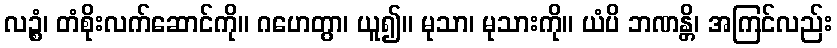
လဉ္စံ၊ တံစိုးလက်ဆောင်ကို။ ဂဟေတွာ၊ ယူ၍။ မုသာ၊ မုသားကို။ ယံပိ ဘဏန္တိ၊ အကြင်လည်း